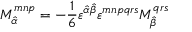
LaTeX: M _ { \hat { \alpha } } ^ { m n p } = - \frac { 1 } { 6 } \varepsilon ^ { \hat { \alpha } \hat { \beta } } \varepsilon ^ { m n p q r s } M _ { \hat { \beta } } ^ { q r s }